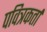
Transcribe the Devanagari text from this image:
पवित्रकर्ता